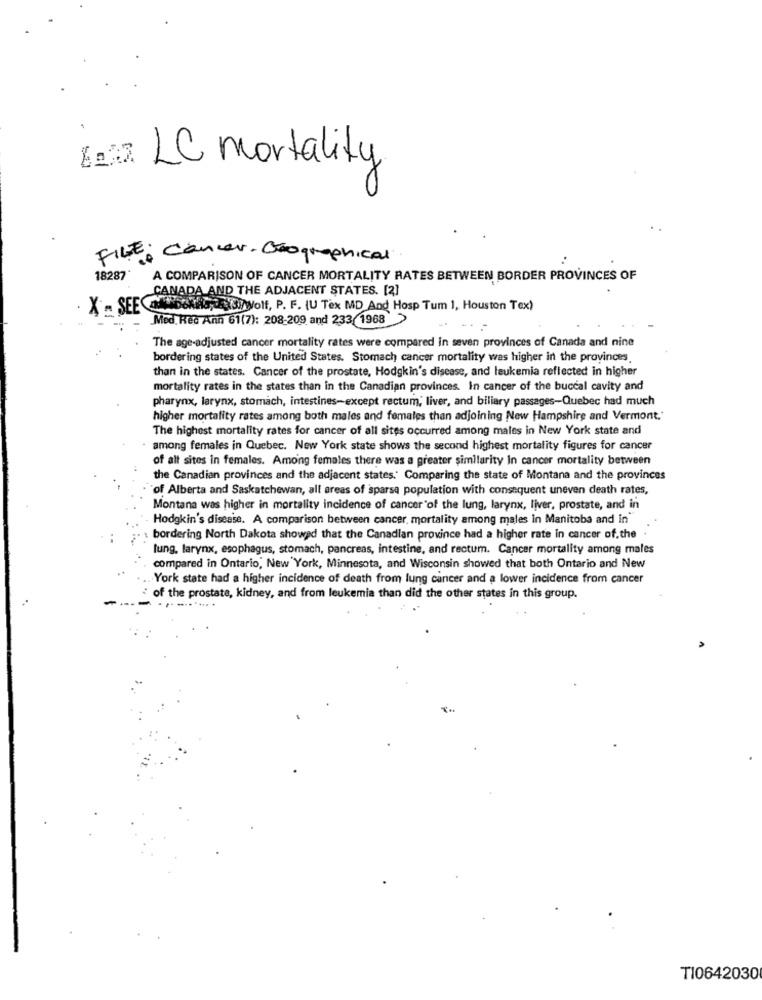
Bas LC mortality
FILE: Cancer. Grographical
18287*
A COMPARISON OF CANCER MORTALITY RATES BETWEEN BORDER PROVINCES OF
CANADA AND THE ADJACENT STATES. [2]
X - SEE ANS
MEDORG,DENSITWolf, P. F. (U Tex MD And Hosp Tum 1, Houston Tex)
Med. Ked Ann 61(7): 208-209 and 233 1968>
The age-adjusted cancer mortality rates were compared in seven provinces of Canada and nine
bordering states of the United States. Stomach cancer mortality was higher in the provinces.
than in the states. Cancer of the prostate, Hodgkin's disease, and leukemia reflected in higher
mortality rates in the states than in the Canadian provinces. In cancer of the buccal cavity and
pharynx, larynx, stomach, intestines-except rectum, liver, and biliary passages-Quebec had much
higher mortality rates among both males and females than adjoining New Hampshire and Vermont."
The highest mortality rates for cancer of all sites occurred among males in New York state and
among females in Quebec. New York state shows the second highest mortality figures for cancer
of alt sites in females. Among females there was a greater similarity In cancer mortality between
the Canadian provinces and the adjacent states. Comparing the state of Montana and the provinces
"of Alberta and Saskatchewan, all areas of sparsa population with consequent uneven death rates,
Montana was higher in mortality incidence of cancer of the lung, larynx, liver, prostate, and in
Hodgkin's disease. A comparison between cancer, mortality among males in Manitoba and In
bordering North Dakota showed that the Canadian province had a higher rate in cancer of.the
lung, larynx, esophagus, stomach, pancreas, intestine, and rectum. Cancer mortality among males
compared in Ontario, New York, Minnesota, and Wisconsin showed that both Ontario and New
York state had a higher incidence of death from lung cancer and a lower incidence from cancer
of the prostate, kidney, and from leukemia than did the other states in this group.
TI0642030